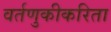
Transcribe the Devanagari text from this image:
वर्तणुकीकरिता